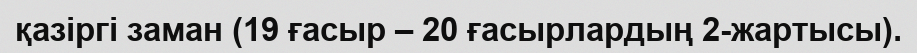
қазіргі заман (19 ғасыр – 20 ғасырлардың 2-жартысы).